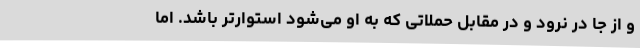
و از جا در نرود و در مقابل حملاتی که به او می‌شود استوارتر باشد. اما